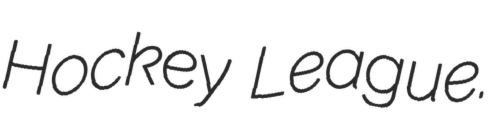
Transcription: Hockey League.